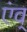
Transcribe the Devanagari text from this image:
एंव्